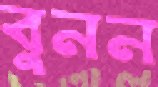
বুনন